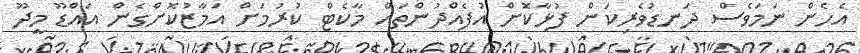
އެހެން ނަމަވެސް ދަނޑުވެރިކަން ފުޅާކޮށް އުފެއްދުންތައް މާކެޓް ކުރުމަށް އަމާޒުކޮށްގެން އައްޑޫ މީދޫ